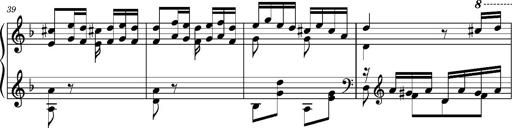
Title: Ungarischer Romanzero
Composer: Franz Liszt